Annual administration and progress report of the Indian Medical Department, Bombay
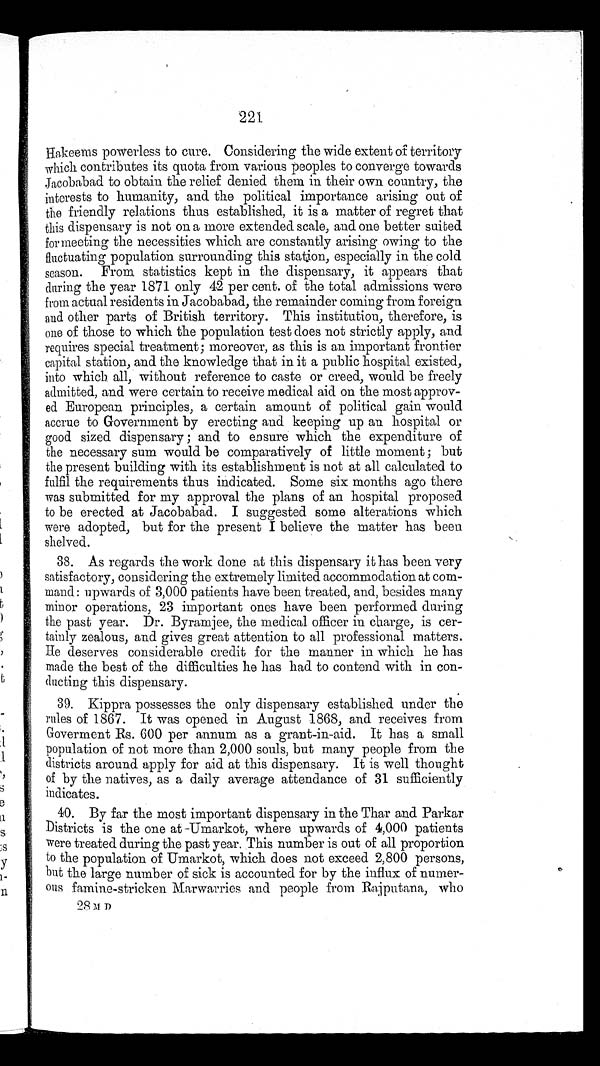
221
Hakeems powerless to cure. Considering the wide extent of territory
which contributes its quota from various peoples to converge towards
Jacobabad to obtain the relief denied them in their own country, the
interests to humanity, and the political importance arising out of
the friendly relations thus established, it is a matter of regret that
this dispensary is not on a more extended scale, and one better suited
for meeting the necessities which are constantly arising owing to the
fluctuating population surrounding this station, especially in the cold
season. From statistics kept in the dispensary, it appears that
during the year 1871 only 42 per cent. of the total admissions were
from actual residents in Jacobabad, the remainder coming from foreign
and other parts of British territory. This institution, therefore, is
one of those to which the population test does not strictly apply, and
requi res speci al t reat ment ; moreover, as t hi s i s an i mport ant front i er
capital station, and the knowledge that in it a public hospital existed,
into which all, without reference to caste or creed, would be freely
admitted, and were certain to receive medical aid on the most approv--
ed European principles, a certain amount of political gain would
accrue to Government by erecting and keeping up an hospital or
good sized dispensary ; and to ensure which the expenditure of
the necessary sum would be comparatively of little moment ; but
the present building with its establishment is not at all calculated to
fulfil the requirements thus indicated. Some six months ago there
was submitted for my approval the plans of an hospital proposed
to be erected at Jacobabad. I suggested some alterations which
were adopted, but for the present I believe the matter has been
shelved.
38. As regards the work done at this dispensary it has been very
satisfactory, considering the extremely limited accommodation at com
- m a n d : u p w a r d s o f 3 , 0 0 0 p a t i e n t s h a v e b e e n t r e a t e d , a n d , b e s i d e s m a n y
minor operations, 23 important ones have been performed during
the past year. Dr. Byramjee, the medical officer in charge, is cer--
tainly zealous, and gives great attention to all professional matters.
He deserves considerable credit for the manner in which he has
made the best of the difficulties he has had to contend with in con
- d u c t i n g t h i s d i s p e n s a r y .
39. Kippra possesses the only dispensary established under the
rules of 1867. It was opened in August 1868, and receives from
Goverment Rs. 600 per annum as a grant-in-aid. It has a small
population of not more than 2,000 souls, but many people from the
districts around apply for aid at this dispensary. It is well thought
of by the natives, as a daily average attendance of 31 sufficiently
indicates.
40. By far the most important dispensary in the Thar and Parkar
Districts is the one at -Umarkot, where upwards of 4,000 patients
were treated during the past year. This number is out of all proportion
to the population of Umarkot, which does not exceed 2,800 persons,
but the large number of sick is accounted for by the influx of numer
- o u s f a m i n e - s t r i c k e n M a r w a r r i e s a n d p e o p l e f r o m R a j p u t a n a , w h o
28 M D